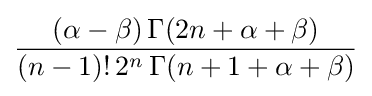
{\frac {(\alpha -\beta )\,\Gamma (2n+\alpha +\beta )}{(n-1)!\,2^{n}\,\Gamma (n+1+\alpha +\beta )}}